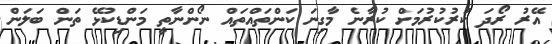
އޭރު ރޯދަ ކުރުކުރުމަށް ކުރާނެ މާގިނަ ކަންތައްތައް ނޯންނާތީ މަންޑިކުޅޭ ތަން ބަލަން